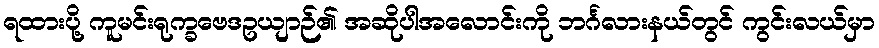
ရထားပို့ ကူမင်းရုက္ခဗေဒဥယျာဉ်၏ အဆိုပါအလောင်းကို ဘင်္ဂလားနယ်တွင် ကွင်းလယ်မှာ